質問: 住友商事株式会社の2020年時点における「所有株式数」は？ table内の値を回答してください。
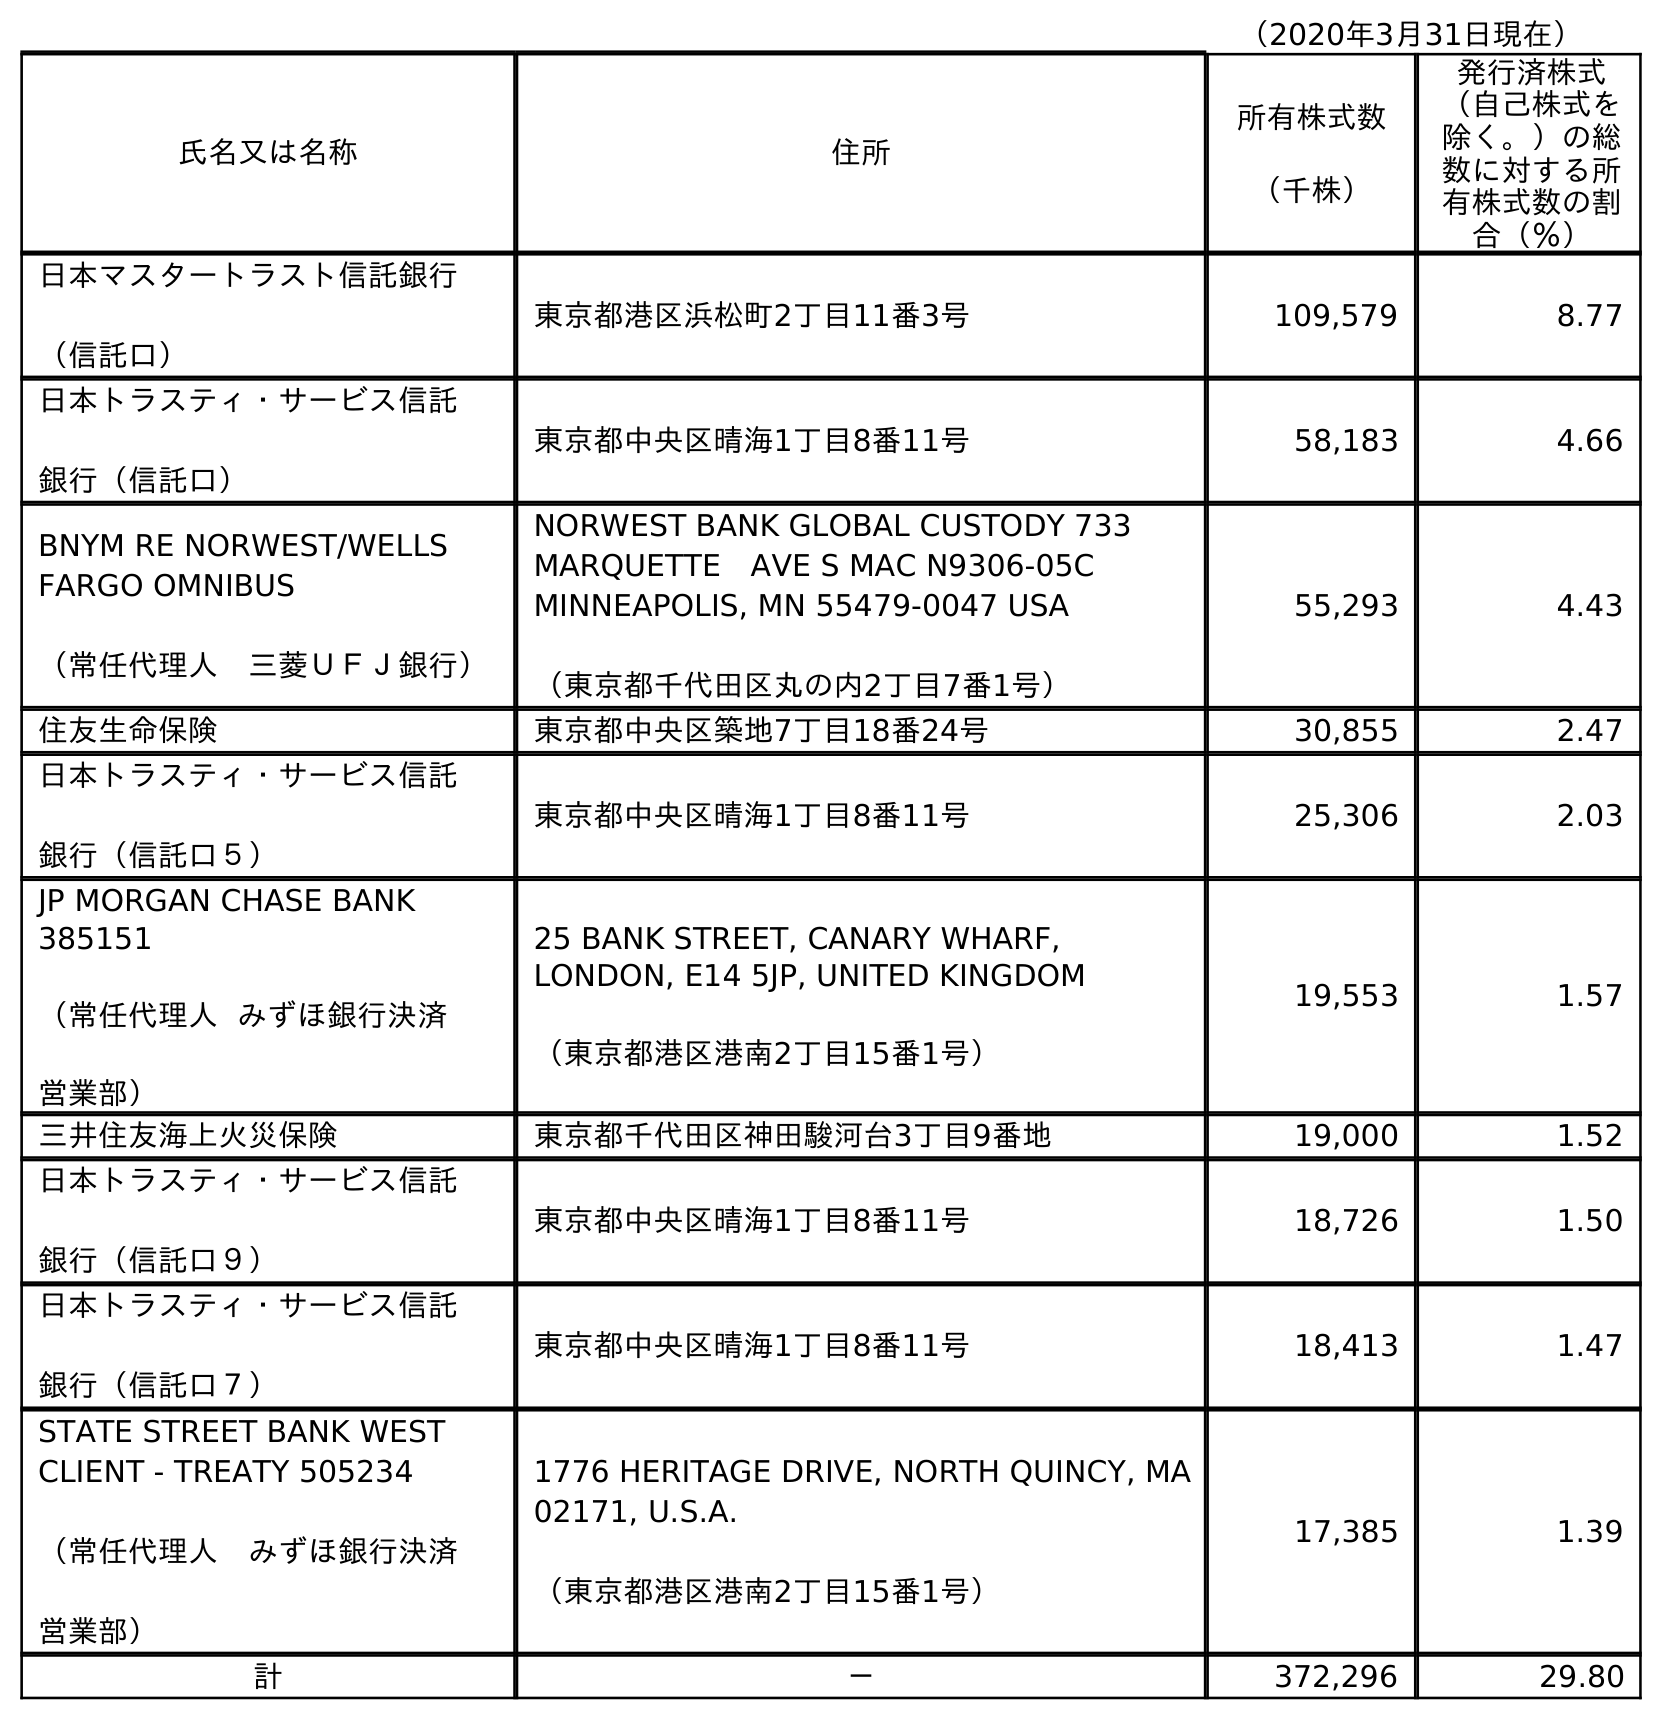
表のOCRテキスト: （2020年3月31日現在） 氏名又は名称 住所 所有株式数 （千株） 発行済株式 （自己株式を 除く。）の総 数に対する所 有株式数の割 合（％） 日本マスタートラスト信託銀行 （信託口） 東京都港区浜松町2丁目11番3号 109,579 8.77 日本トラスティ・サービス信託 銀行（信託口） 東京都中央区晴海1丁目8番11号 58,183 4.66 BNYM RE NORWEST/WELLS FARGO OMNIBUS （常任代理人 三菱ＵＦＪ銀行） NORWEST BANK GLOBAL CUSTODY 733 MARQUETTE AVE S MAC N9306-05C MINNEAPOLIS, MN 55479-0047 USA （東京都千代田区丸の内2丁目7番1号） 55,293 4.43 住友生命保険 東京都中央区築地7丁目18番24号 30,855 2.47 日本トラスティ・サービス信託 銀行（信託口５） 東京都中央区晴海1丁目8番11号 25,306 2.03 JP MORGAN CHASE BANK 385151 （常任代理人 みずほ銀行決済 営業部） 25 BANK STREET, CANARY WHARF, LONDON, E14 5JP, UNITED KINGDOM （東京都港区港南2丁目15番1号） 19,553 1.57 三井住友海上火災保険 東京都千代田区神田駿河台3丁目9番地 19,000 1.52 日本トラスティ・サービス信託 銀行（信託口９） 東京都中央区晴海1丁目8番11号 18,726 1.50 日本トラスティ・サービス信託 銀行（信託口７） 東京都中央区晴海1丁目8番11号 18,413 1.47 STATE STREET BANK WEST CLIENT - TREATY 505234 （常任代理人 みずほ銀行決済 営業部） 1776 HERITAGE DRIVE, NORTH QUINCY, MA 02171, U.S.A. （東京都港区港南2丁目15番1号） 17,385 1.39 計 － 372,296 29.80
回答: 372,296